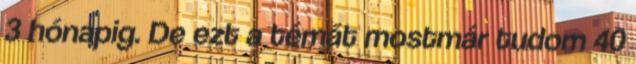
3 hónapig. De ezt a témát mostmár tudom 40